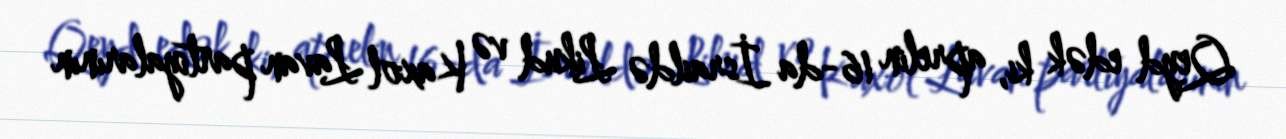
Qeyd edək ki, aprelin 16-da İsraildə Likud və Kaxol Lavan partiyalarının